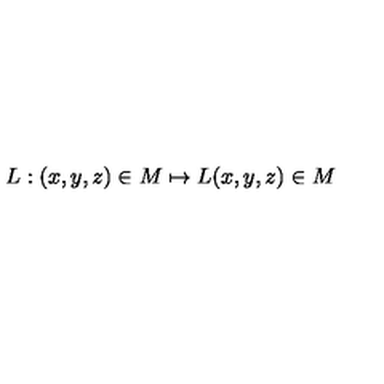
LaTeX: L : ( x , y , z ) \in { M } \mapsto L ( x , y , z ) \in { M }